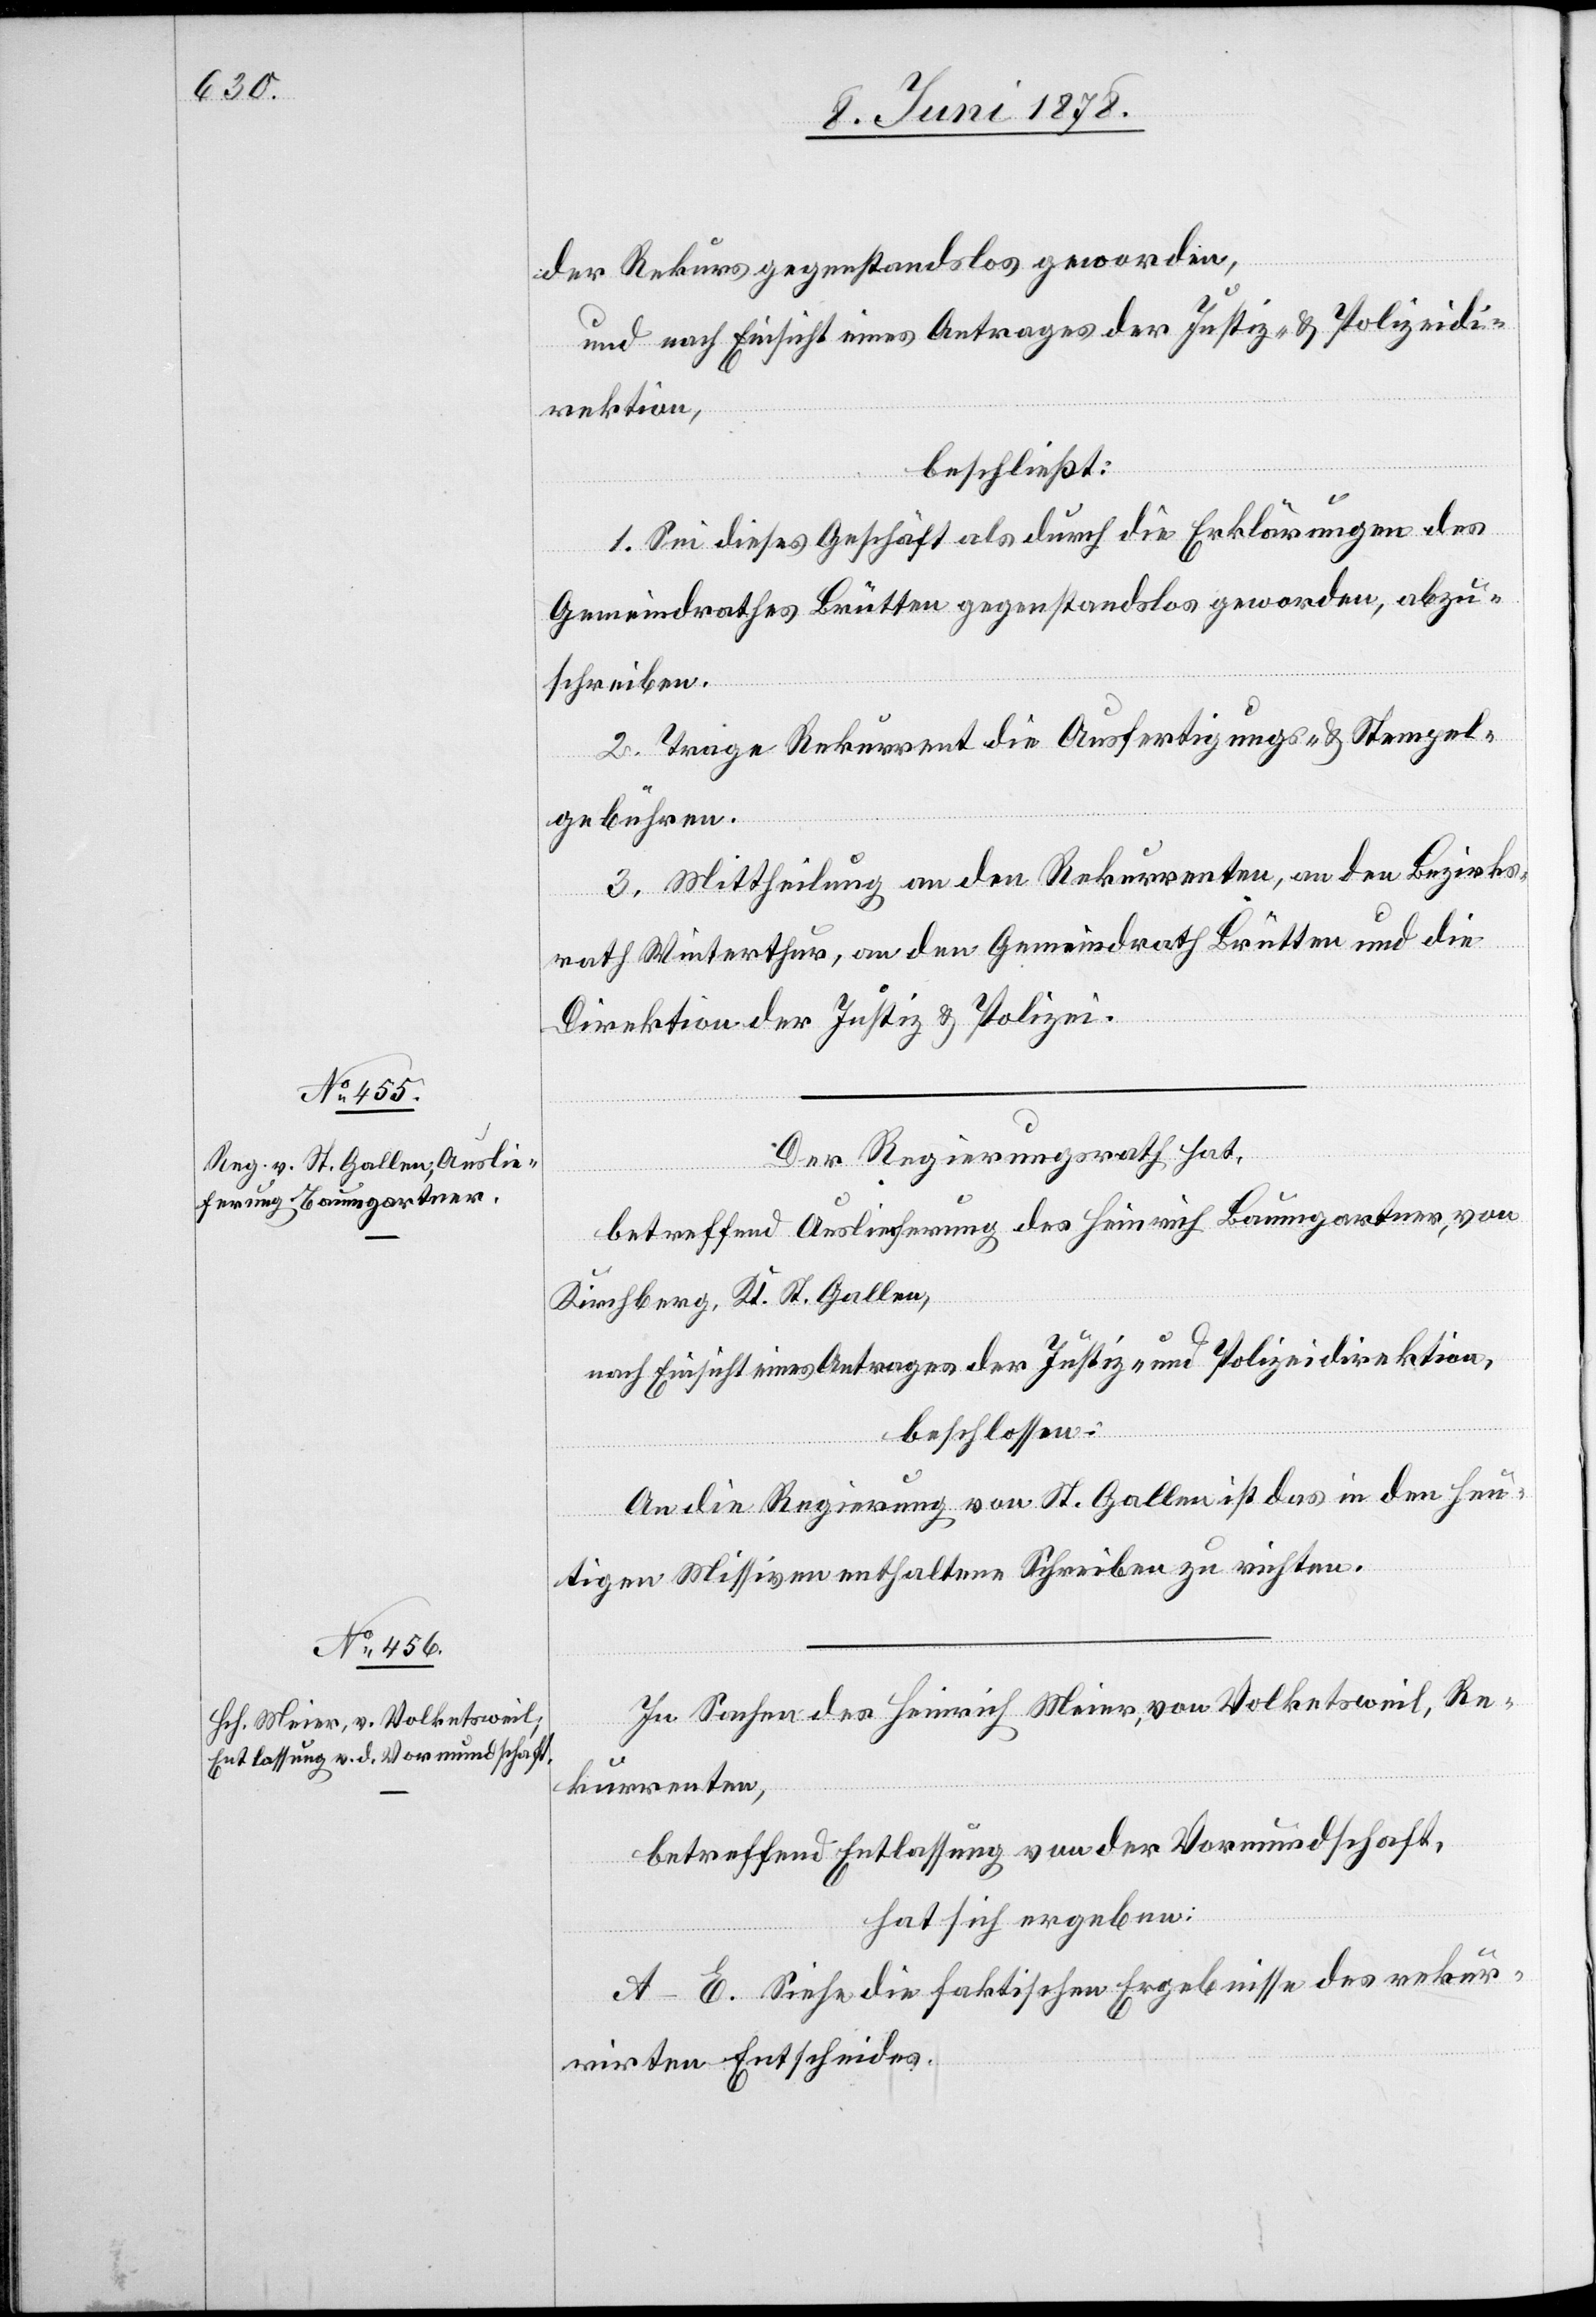
der Rekurs gegenstandslos geworden,
und nach Einsicht eines Antrages der Justiz- & Polizeidi¬
rektion,
beschließt:
1. Sei dieses Geschäft als durch die Erklärungen des
Gemeindrathes Brütten gegenstandslos geworden, abzu¬
schreiben.
2. Trage Rekurrent die Ausfertigungs- & Stempel¬
gebühren.
3. Mittheilung an den Rekurrenten, an den Bezirks¬
rath Winterthur, an den Gemeindrath Brütten und die
Direktion der Justiz & Polizei.
Der Regierungsrath hat
betreffend Auslieferung des Heinrich Baumgartner, von
Kirchberg, Kt. St. Gallen,
nach Einsicht eines Antrages der Justiz- & Polizeidirektion,
beschlossen:
An die Regierung von St. Gallen ist das in den heu¬
tigen Missiven enthaltene Schreiben zu richten.
In Sachen des Heinrich Meier, von Volketsweil, Re¬
kurrenten,
betreffend Entlassung von der Vormundschaft,
hat sich ergeben:
A–E. Siehe die faktischen Ergebnisse des rekur¬
rirten Entscheides.